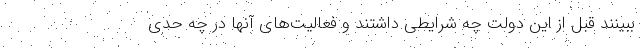
ببینند قبل از این دولت چه شرایطی داشتند و فعالیت‌های‌ آنها در چه حدی